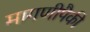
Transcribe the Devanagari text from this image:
मागणीपैकी